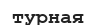
турная